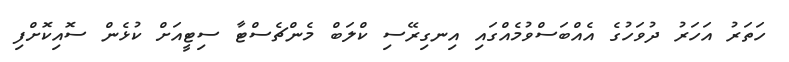
ހަތަރު އަހަރު ދުވަހުގެ އެއްބަސްވުމެއްގައި އިނގިރޭސި ކްލަބް މެންޗެސްޓާ ސިޓީއަށް ކުޅެން ސޮއިކޮށްފި